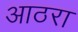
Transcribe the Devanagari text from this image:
आठरा